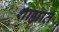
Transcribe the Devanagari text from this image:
शाह्यात